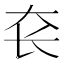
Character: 𰋛